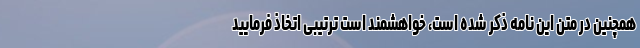
همچنین در متن این نامه ذکر شده است، خواهشمند است ترتیبی اتخاذ فرمایید